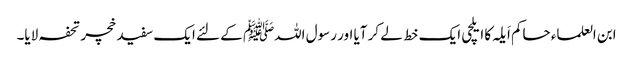
ابن العلماء حاکم اَیلہ کا ایلچی ایک خط لے کر آیا اور رسول اللہﷺ کے لئے ایک سفید خچر تحفہ لایا۔